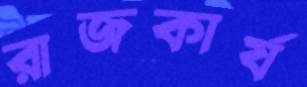
রাজকার্য